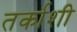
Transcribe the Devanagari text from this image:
तर्काशी